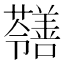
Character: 𡅐